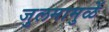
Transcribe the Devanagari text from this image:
जुलमामुळें